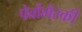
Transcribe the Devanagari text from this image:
पेर्वोमैस्की